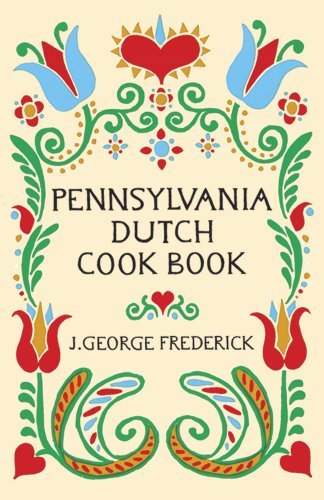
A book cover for Pennsylvania Dutch Cook Book; J. George Frederick; Cookbooks, Food & Wine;